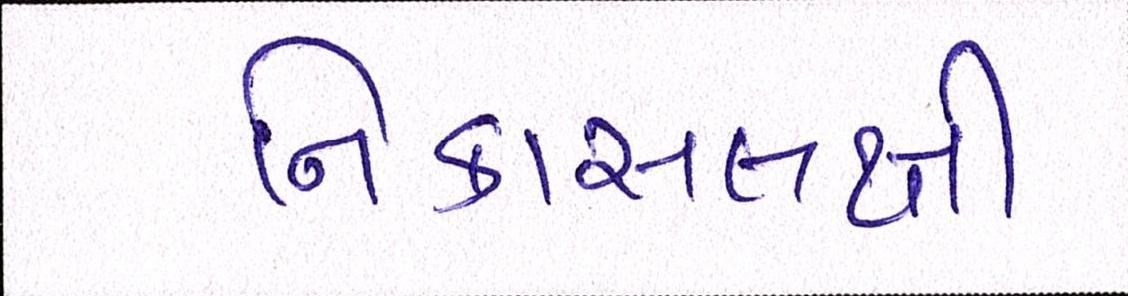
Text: નિકાસલક્ષી